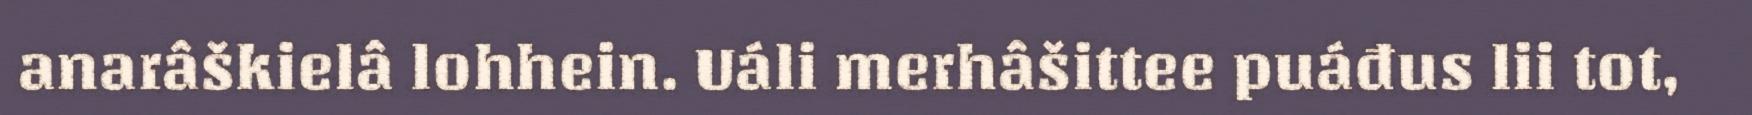
anarâškielâ lohhein. Uáli merhâšittee puáđus lii tot,